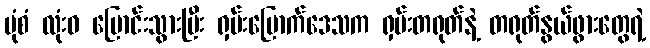
ပုံစံ လုံးဝ ပြောင်းသွားပြီး ရှမ်းမြောက်ဒေသက ရှမ်းတရုတ်နဲ့ တရုတ်နွယ်ဖွားတွေရဲ့